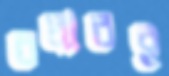
বলারই